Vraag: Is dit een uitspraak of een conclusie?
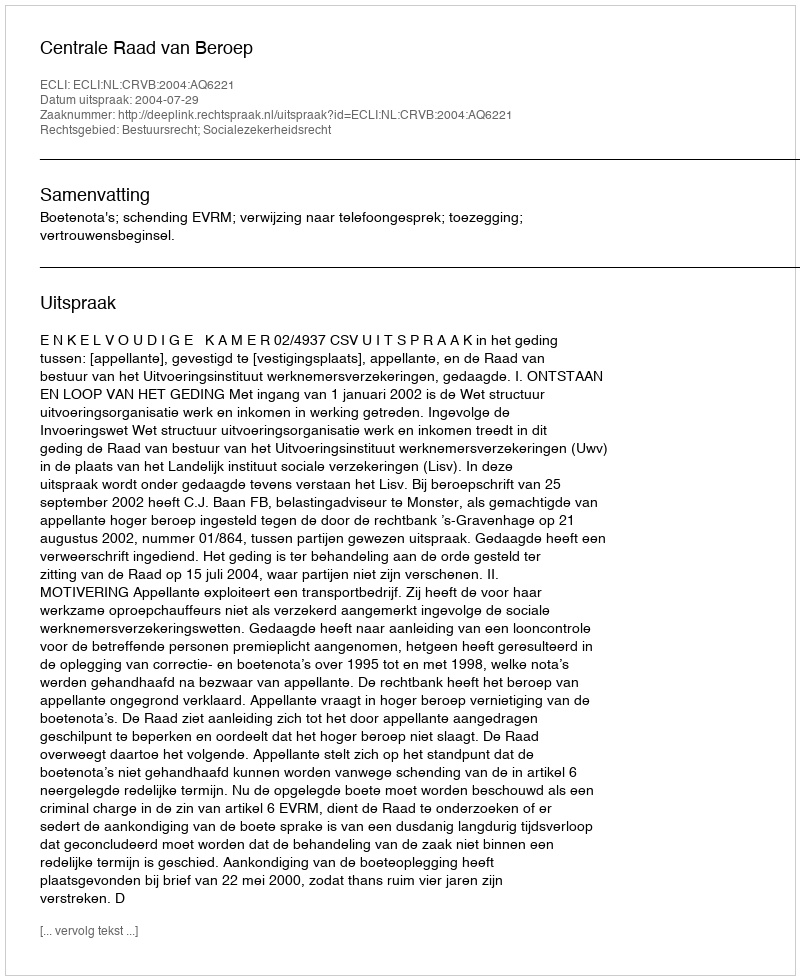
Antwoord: Uitspraak